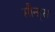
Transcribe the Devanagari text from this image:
सौन्ड्स